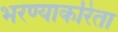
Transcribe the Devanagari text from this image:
भरण्याकरिता